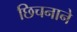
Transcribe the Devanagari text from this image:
छिचनाने